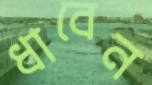
ধাবেন